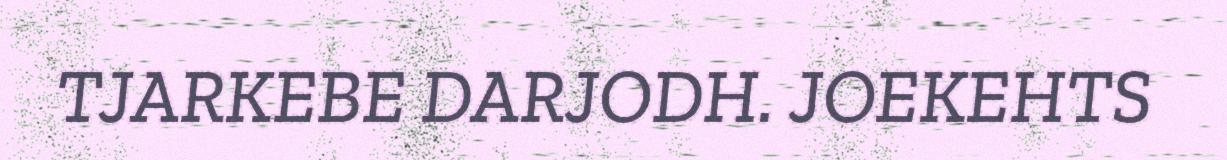
TJARKEBE DARJODH. JOEKEHTS